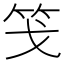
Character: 䇝